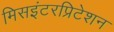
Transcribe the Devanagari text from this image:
मिसइंटरप्रिटेशन